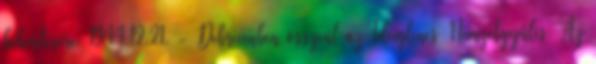
bekerítésére. 1944.12.21. - Debrecenben összeül az Ideiglenes Nemzetgyûlés. Az